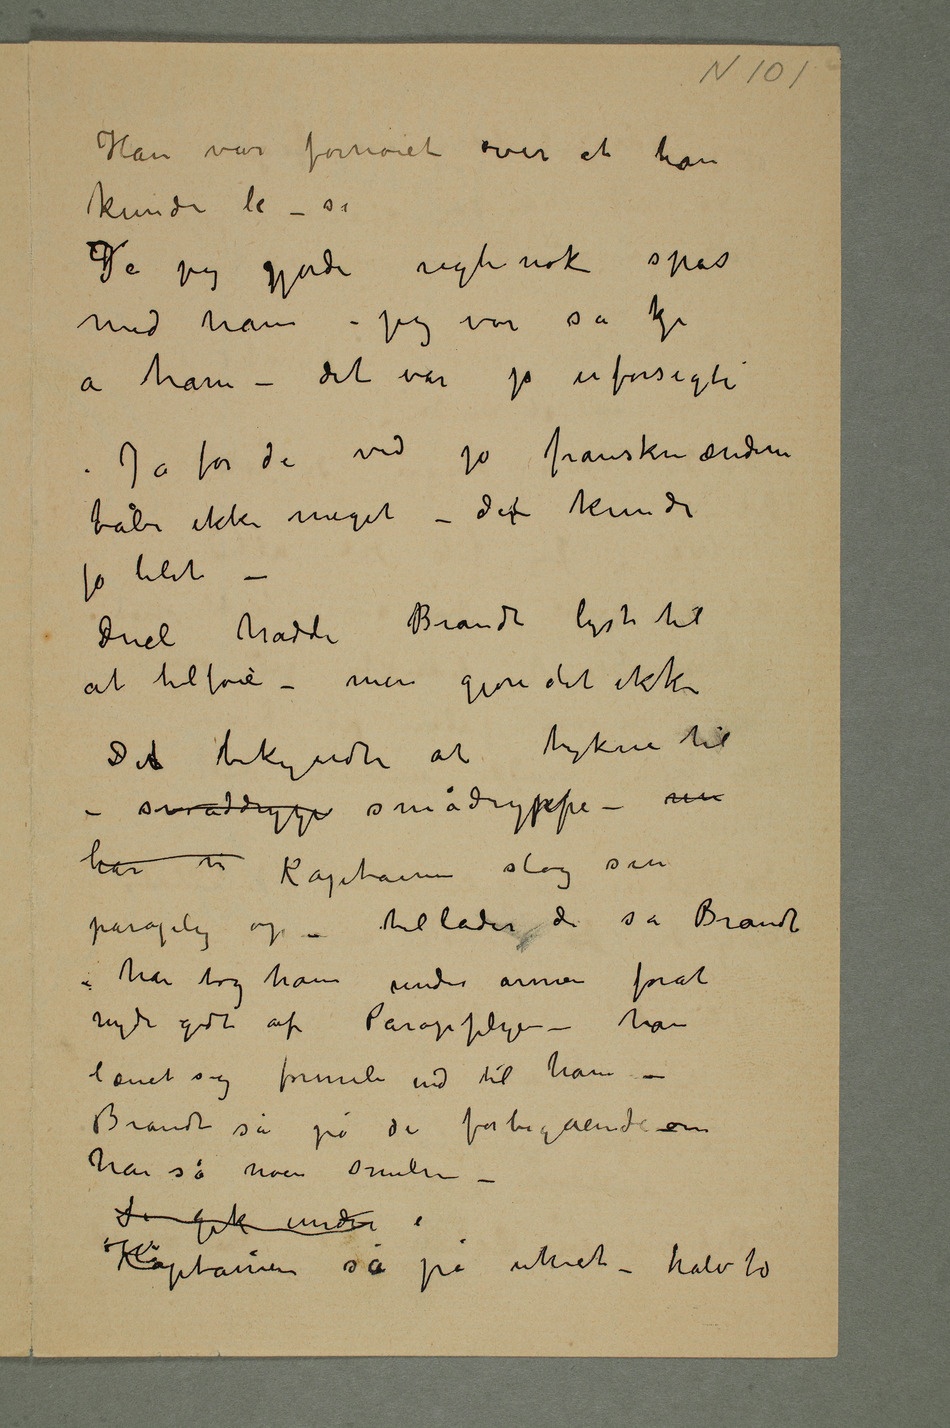
Han var fornøiet over at han
kunde le – si
med ham – jeg var så kje
a ham – det var jo uforsigti
Ja for de ved jo franskmændene
tåler ikke meget – dert kunde
jo blit –
Duel hadde Brandt lyst til
at tilføie – men gjore det ikke
Det bekyndte at tykne til
– småddryp smådryppe – nu
har vi Kaptainen slog sin
paraply op – tillader de sa Brandt
– han tog ham under armen forat
nyde godt af Parapplyen – han
lænet sig formeli ind til ham –
Brandt så på de forbigående om
han så noen smilen –
Kaptainen så på uhret – halv to